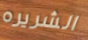
الشريره